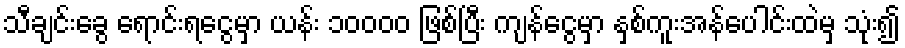
သီချင်းခွေ ရောင်းရငွေမှာ ယန်း ၁၀၀၀၀ ဖြစ်ပြီး ကျန်ငွေမှာ နှစ်ကူးအန်ပေါင်းထဲမှ သုံး၍